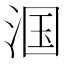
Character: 𬇹